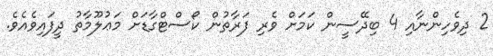
2 ދިވެހިންނާއި 4 ބިދޭސީން ކަމަށް ވެރި ފަރާތުން ކޯސްޓްގާޑަށް މަޢުލޫމާތު ދީފައިވެއެވެ.